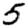
Digit: 5